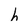
Character: h